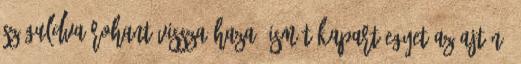
száguldva rohant vissza haza. Ismét kapart egyet az ajtón,